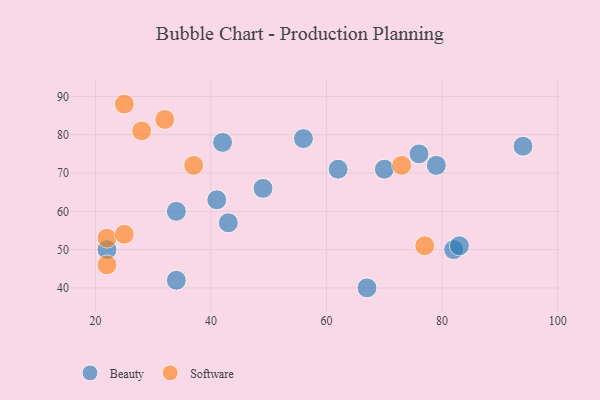
{"axis": {"x": "GDP", "y": "Life Expectancy"}, "legend": ["Beauty", "Software"], "data": [{"x": "79", "y": 72, "type": "Beauty"}, {"x": "22", "y": 50, "type": "Beauty"}, {"x": "41", "y": 63, "type": "Beauty"}, {"x": "49", "y": 66, "type": "Beauty"}, {"x": "67", "y": 40, "type": "Beauty"}, {"x": "34", "y": 60, "type": "Beauty"}, {"x": "76", "y": 75, "type": "Beauty"}, {"x": "42", "y": 78, "type": "Beauty"}, {"x": "94", "y": 77, "type": "Beauty"}, {"x": "43", "y": 57, "type": "Beauty"}, {"x": "82", "y": 50, "type": "Beauty"}, {"x": "56", "y": 79, "type": "Beauty"}, {"x": "83", "y": 51, "type": "Beauty"}, {"x": "62", "y": 71, "type": "Beauty"}, {"x": "34", "y": 42, "type": "Beauty"}, {"x": "70", "y": 71, "type": "Beauty"}, {"x": "32", "y": 84, "type": "Software"}, {"x": "37", "y": 72, "type": "Software"}, {"x": "25", "y": 88, "type": "Software"}, {"x": "28", "y": 81, "type": "Software"}, {"x": "22", "y": 46, "type": "Software"}, {"x": "22", "y": 53, "type": "Software"}, {"x": "25", "y": 54, "type": "Software"}, {"x": "73", "y": 72, "type": "Software"}, {"x": "77", "y": 51, "type": "Software"}]}